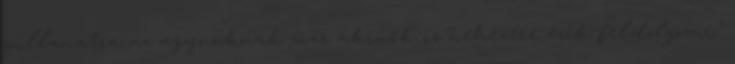
pillanatra az agyunknak már akinek is nehezére esik feldolgozni."